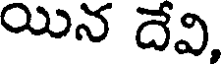
యిన దేవి,